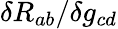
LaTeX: \delta R_{ab}/\delta g_{cd}